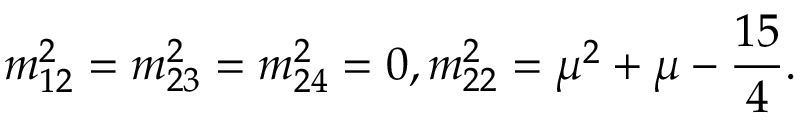
m _ { 1 2 } ^ { 2 } = m _ { 2 3 } ^ { 2 } = m _ { 2 4 } ^ { 2 } = 0 , m _ { 2 2 } ^ { 2 } = \mu ^ { 2 } + \mu - \frac { 1 5 } { 4 } .